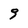
Character: 9